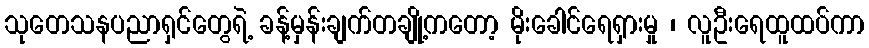
သုတေသနပညာရှင်တွေရဲ့ ခန့်မှန်းချက်တချို့ကတော့ မိုးခေါင်ရေရှားမှု ၊ လူဦးရေထူထပ်ကာ